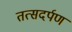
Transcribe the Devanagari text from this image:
तत्सदर्पण